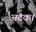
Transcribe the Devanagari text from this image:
अटक।